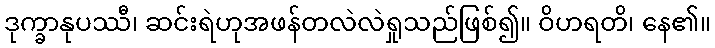
ဒုက္ခာနုပဿီ၊ ဆင်းရဲဟုအဖန်တလဲလဲရှုသည်ဖြစ်၍။ ဝိဟရတိ၊ နေ၏။